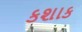
કશાક